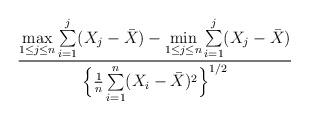
LaTeX: \begin{align*} \frac{\max\limits_{1\le j\le n}\sum\limits_{i=1}^j(X_j-\bar{X})-\min\limits_{1\le j\le n}\sum\limits_{i=1}^j(X_j-\bar{X})}{\Big\{\frac1{n}\sum\limits_{i=1}^n (X_i-\bar{X})^2\Big\}^{1/2}}\end{align*}